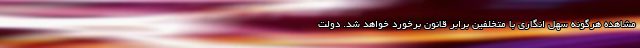
مشاهده هرگونه سهل انگاری با متخلفین برابر قانون برخورد خواهد شد. دولت